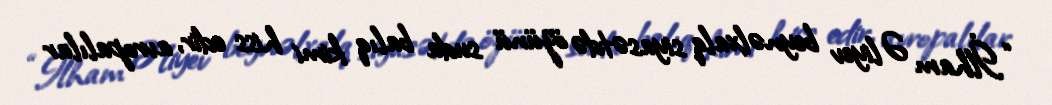
“İlham Əliyev beynəlxalq siyasətdə özünü suda balıq kimi hiss edir, avropalılar